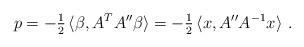
LaTeX: \begin{align*}p=-\tfrac{1}{2}\,\langle \beta,A^TA''\beta\rangle=-\tfrac{1}{2}\,\langle x,A''A^{-1}x\rangle\ .\end{align*}